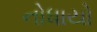
નોધાયો